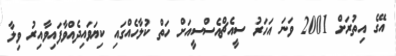
އޭގެ އިތުރަށް 2001 ވަނަ އަހަރު ސީއެޗްއެސްސީއަށް ހަތް ކުލާހެއްގައި ކިޔަވައިދެއްވާފައިވާއިރު ވިލާ